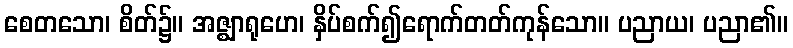
စေတသော၊ စိတ်၌။ အဇ္ဈာရုဟေ၊ နှိပ်စက်၍ရောက်တတ်ကုန်သော။ ပညာယ၊ ပညာ၏။